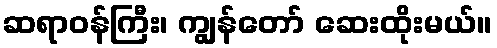
ဆရာဝန်ကြီး၊ ကျွန်တော် ဆေးထိုးမယ်။